system: You are a helpful assistant.
user:
Analyze the provided spectrum to determine if it is a **Carbon Star (C-type)**.

- **Key Visual Indicators of Carbon Star:**
    - **(Primary):** Strong molecular absorption from **C₂ (diatomic carbon) "Swan Bands."** This is the **defining feature** of a carbon star.
        - **(Key Bandheads):** Sharp absorption edges are visible at approximately $5635$ Å, $5165$ Å (the strongest band), and $4737$ Å.
        - **(Line Profile):** Creates a distinct **"saw-tooth"** pattern. The key morphology is a sharp, steep bandhead on the **red (long-wavelength) side**, which then gradually tapers off (i.e., flux recovers) towards the **blue (short-wavelength) side**. *(This is the direct opposite of the TiO bands seen in M-type stars)*.

    - **(Secondary):** Intense **CN (cyanogen)** molecular absorption bands.
        - **(Key Bandheads):** Located in the blue and violet regions of the spectrum (e.g., near $4215$ Å and $3883$ Å).
        - **(Morphology):** These bands are extremely broad and act as a "blanket," absorbing the vast majority of blue and violet light. This creates a characteristic **"cliff"** or **"steep drop-off"** in the spectrum's flux at short wavelengths.

    - **(Key Confirmation):** Strong **CH absorption band (G-band)**.
        - **(Key Bandhead):** Located around $4300$ Å. The contribution from CH molecules to this band is exceptionally strong.

    - **(Overall Spectrum):**
        - The continuum is severely "chopped up" by these deep molecular bands, especially C₂, rather than appearing as a smooth curve.
        - Due to the heavy CN and C₂ absorption in the blue-green, the vast majority of the star's flux is concentrated in the red part of the spectrum, giving the star its characteristic deep red color.

Think first, call **spectral_visualization_tool** if needed to examine features in detail, then provide your final answer. Your response must adhere to the following strict rules:
1.  **Overall Structure:** Your response must follow the format `<think>...</think> <tool_call>...</tool_call> (if a tool is used) <answer>...</answer>`.
2.  **Tool Usage Constraint:** You may only make **one** tool call per turn.
3.  **Final Answer Format:** In the `<answer>` tag, your conclusion must be inside a `\boxed{}` command (e.g., `\boxed{YES}`), followed by your justification.

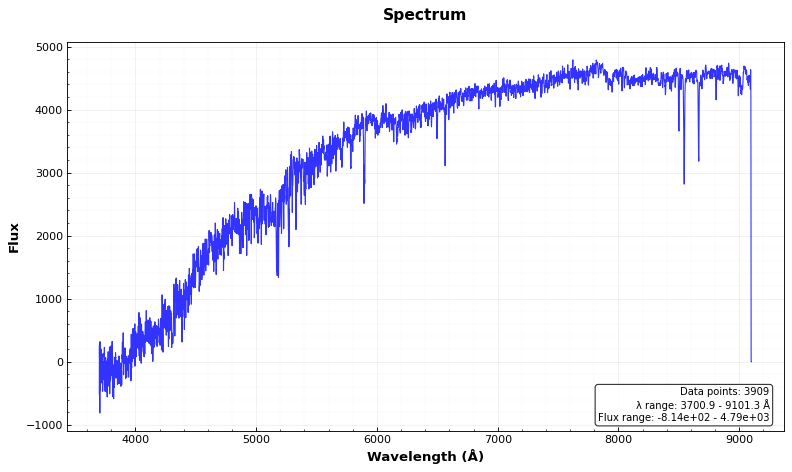
Answer: NO